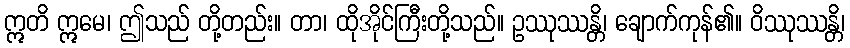
ဣတိ ဣမေ၊ ဤသည် တို့တည်း။ တာ၊ ထိုအိုင်ကြီးတို့သည်။ ဥဿုဿန္တိ၊ ချောက်ကုန်၏။ ဝိဿုဿန္တိ၊